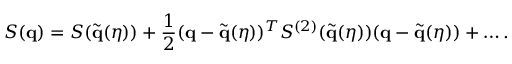
S ( \mathbf { q } ) = S ( \tilde { \mathbf { q } } ( \eta ) ) + \frac { 1 } { 2 } ( \mathbf { q } - \tilde { \mathbf { q } } ( \eta ) ) ^ { T } S ^ { ( 2 ) } ( \tilde { \mathbf { q } } ( \eta ) ) ( \mathbf { q } - \tilde { \mathbf { q } } ( \eta ) ) + \dots .